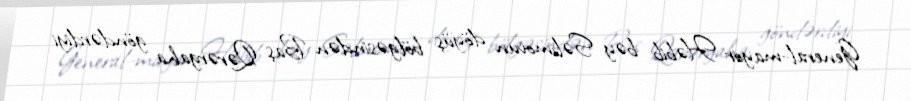
General-mayor Həbib bəy Səlimovun döyüş bölgəsindən Baş Qərərgaha göndərdiyi